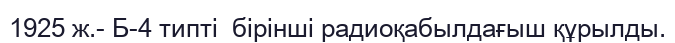
1925 ж.- Б-4 типті  бірінші радиоқабылдағыш құрылды.